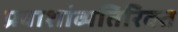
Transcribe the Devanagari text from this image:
प्रवाशांव्यतिरिक्त